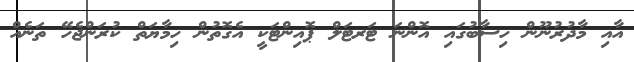
އާއި މާދުރުނޫން ހިސާބުގައި އޮންނަ ޓަރޓަލް ޕޮއިންޓަކީ އެގޮތުން ހިމާޔަތް ކުރަންޖެހޭ ތަނެއް